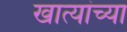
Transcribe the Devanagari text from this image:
खात्यांच्या